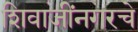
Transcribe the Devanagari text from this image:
शिवाजींनगरचे